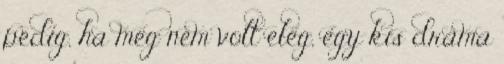
pedig, ha még nem volt elég, egy kis dráma